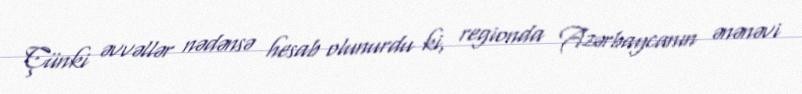
Çünki əvvəllər nədənsə hesab olunurdu ki, regionda Azərbaycanın ənənəvi